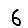
Digit: 6